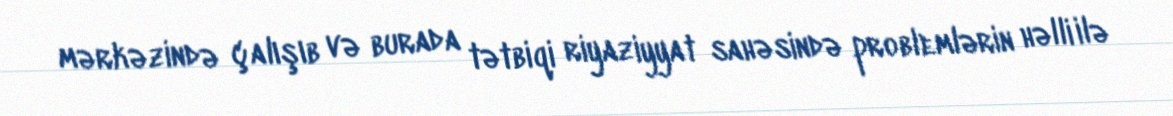
mərkəzində çalışıb və burada tətbiqi riyaziyyat sahəsində problemlərin həlli ilə